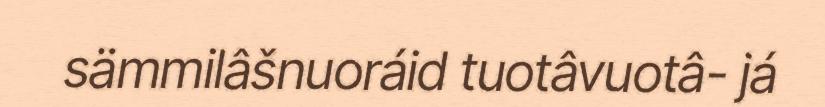
sämmilâšnuoráid tuotâvuotâ- já